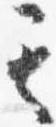
其